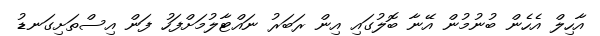
އާހިލް އެހެން ބުނުމުން އޭނާ ބޮލުގައި އިން ރަބަރު ނައްޓާލުމަށްފަހު ފަން އިސްތަށިގަނޑު